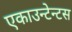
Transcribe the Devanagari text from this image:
एकाउन्टेन्टस